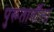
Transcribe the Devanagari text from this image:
पुरूतार्थीला